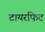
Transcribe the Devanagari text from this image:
टायरफिट